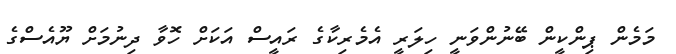
މަމެން ޕިންކީން ބޭނުންވަނީ ހިލަރީ އެމެރިކާގެ ރައީސް އަކަށް ހޮވާ ދިނުމަށް ޔޫއެސްގެ